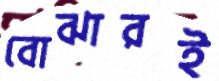
বোঝারই